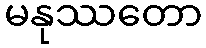
မနုဿတော